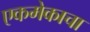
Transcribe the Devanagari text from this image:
एकमेकाचा